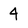
Character: 4